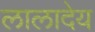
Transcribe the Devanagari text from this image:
लालादेय